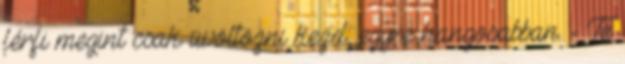
férfi megint csak üvöltözni kezd, egyre hangosabban. - Te